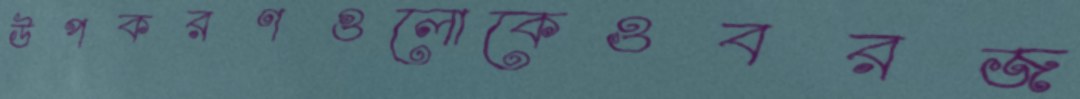
উপকরণগুলোকেওবরজ